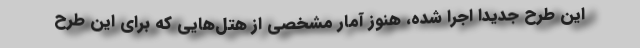
این طرح جدیداً اجرا شده، هنوز آمار مشخصی از هتل‌هایی که برای این طرح